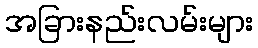
အခြားနည်းလမ်းများ